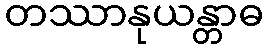
တဿာနုယန္တာဓ